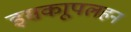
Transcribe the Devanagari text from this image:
इसकाूपलहन